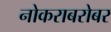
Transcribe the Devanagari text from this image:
नोकराबरोबर